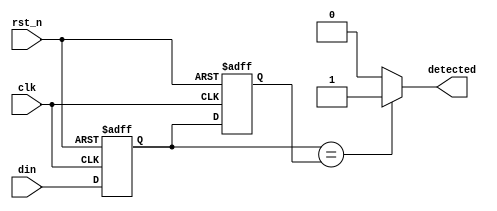
module dual_ff_detector #(
    parameter WIDTH = 1 // Width of the input signal
)(
    input wire clk,                 // Clock signal
    input wire rst_n,               // Active low reset
    input wire [WIDTH-1:0] din,     // Input signal
    output reg detected             // Output signal indicating detection
);

    // Internal signals for the flip-flops
    reg [WIDTH-1:0] ff1; // First flip-flop
    reg [WIDTH-1:0] ff2; // Second flip-flop

    // Synchronization: Capture input signal in two stages
    always @(posedge clk or negedge rst_n) begin
        if (!rst_n) begin
            ff1 <= {WIDTH{1'b0}};
            ff2 <= {WIDTH{1'b0}};
        end else begin
            ff1 <= din;      // Capture input in the first flip-flop
            ff2 <= ff1;      // Capture the output of ff1 in the second flip-flop
        end
    end

    // Pattern detection logic
    always @(*) begin
        // Example detection logic: Detect if both flip-flops have the same value
        if (ff1 == ff2) begin
            detected = 1'b1; // Condition met
        end else begin
            detected = 1'b0; // Condition not met
        end
    end

endmodule